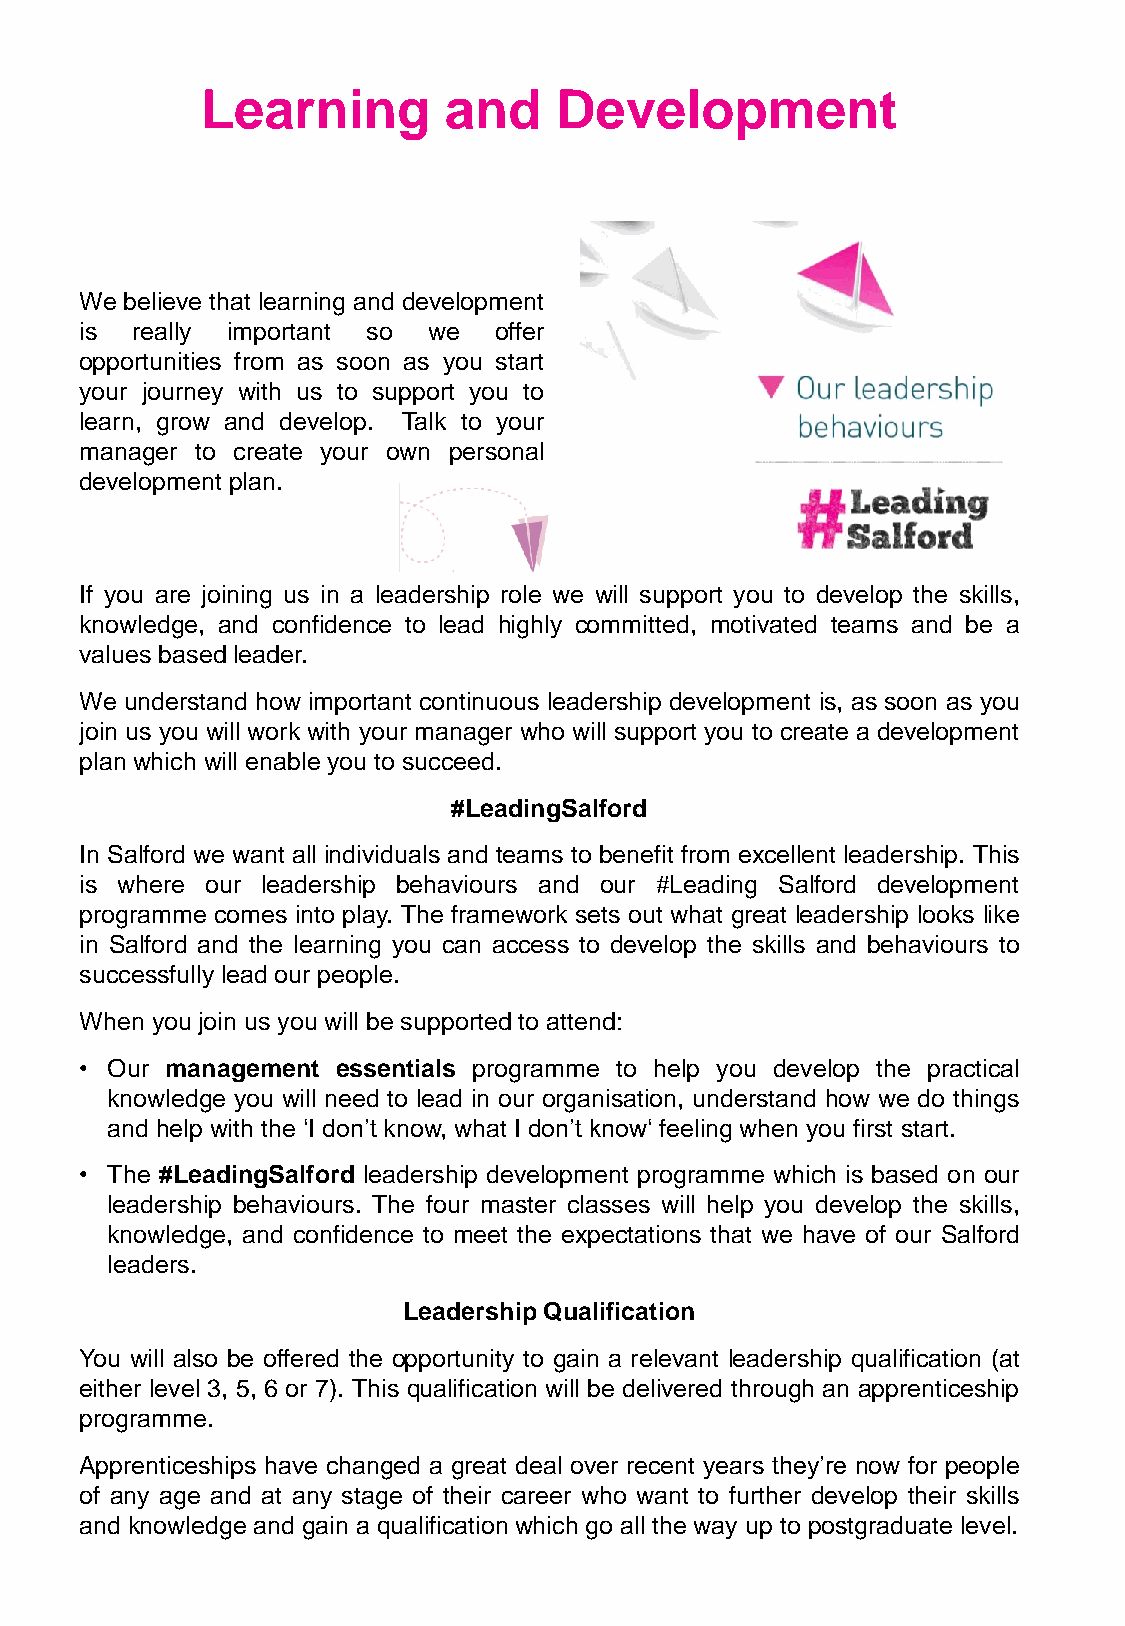
Learning        and     Development
 We believe that learning and development
 is  really important so we  offer
 opportunities from as soon as you start
 your journey with us to support you to
 learn, grow and develop. Talk to your
 manager to create your own personal
 development plan.
 If you are joining us in a leadership role we will support you to develop the skills,
 knowledge, and confidence to lead highly committed, motivated teams and be a
 values based leader.
 We understand how important continuous leadership development is, as soon as you
 join us you will work with your manager who will support you to create a development
 plan which will enable you to succeed.
 #LeadingSalford
 In Salford we want all individuals and teams to benefit from excellent leadership. This
 is where our leadership behaviours and our #Leading Salford development
 programme comes into play. The framework sets out what great leadership looks like
 in Salford and the learning you can access to develop the skills and behaviours to
 successfully lead our people.
 When you join us you will be supportedto attend:
 • Our management essentials programme to help you develop the practical
 knowledge you will need to lead in our organisation, understand how we do things
 and help with the ‘I don’t know, what I don’t know‘ feelingwhen you first start.
 • The #LeadingSalford leadership development programme which is based on our
 leadership behaviours. The four master classes will help you develop the skills,
 knowledge, and confidence to meet the expectations that we have of our Salford
 leaders.
 Leadership Qualification
 You will also be offered the opportunity to gain a relevant leadership qualification (at
 either level 3, 5, 6 or 7). This qualification will be delivered through an apprenticeship
 programme.
 Apprenticeships have changed a great deal over recent years they’re now for people
 of any age and at any stage of their career who want to further develop their skills
 and knowledge and gain a qualification which go all the way up to postgraduate level.